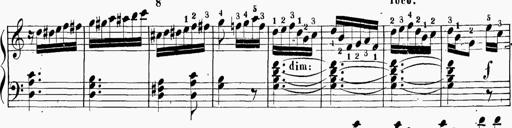
Title: 6 Sonatinas
Composer: Carl Reinecke